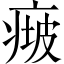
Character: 𤷵